Report on the Civil Veterinary Department, Eastern Bengal and Assam - 1907-1911
Year: 1907
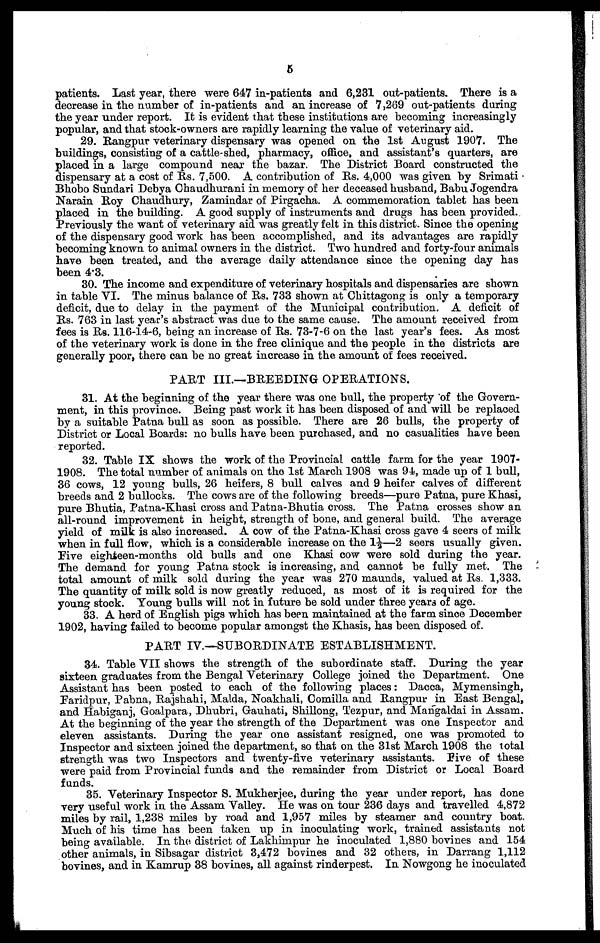
5
patients. Last year, there were 647 in-patients and 6,231 out-patients. There is a
decrease in the number of in-patients and an increase of 7,269 out-patients during
the year under report. It is evident that these institutions are becoming increasingly
popular, and that stock-owners are rapidly learning the value of veterinary aid.
29. Rangpur veterinary dispensary was opened on the 1st August 1907. The
buildings, consisting of a cattle-shed, pharmacy, office, and assistant's quarters, are
placed in a large compound near the bazar. The District Board constructed the
dispensary at a cost of Rs. 7,500. A contribution of Rs. 4,000 was given by Srimati
Bhobo Sundari Debya Chaudhurani in memory of her deceased husband, Babu Jogendra
Narain Boy Chaudhury, Zamindar of Pirgacha. A commemoration tablet has been
placed in the building. A good supply of instruments and drugs has been provided..
Previously the want of veterinary aid was greatly felt in this district. Since the opening
of the dispensary good work has been accomplished, and its advantages are rapidly
becoming known to animal owners in the district. Two hundred and forty-four animals
have been treated, and the average daily attendance since the opening day has
been 4.3.
30. The income and expenditure of veterinary hospitals and dispensaries are shown
in table VI. The minus balance of Rs. 733 shown at Chittagong is only a temporary
deficit, due to delay in the payment of the Municipal contribution. A deficit of
Rs. 763 in last year's abstract was due to the same cause. The amount received from
fees is Rs. 116-14-6, being an increase of Rs. 73-7-6 on the last year's fees. As most
of the veterinary work is done in the free clinique and the people in the districts are
generally poor, there can be no great increase in the amount of fees received.
PART III.—BREEDING OPERATIONS.
31. At the beginning of the year there was one bull, the property of the Govern-
ment, in this province. Being past work it has been disposed of and will be replaced
by a suitable Patna bull as soon as possible. There are 26 bulls, the property of
District or Local Boards: no bulls have been purchased, and no casualities have been
reported.
32. Table IX shows the work of the Provincial cattle farm for the year 1907-
1908. The total number of animals on the 1st March 1908 was 94, made up of 1 bull,
36 cows, 12 young bulls, 26 heifers, 8 bull calves and 9 heifer calves of different
breeds and 2 bullocks. The cows are of the following breeds—pure Patna, pure Khasi,
pure Bhutia, Patna-Khasi cross and Patna-Bhutia cross. The Patna crosses show an
all-round improvement in height, strength of bone, and general build. The average
yield of milk is also increased. A cow of the Patna-Khasi cross gave 4 seers of milk
when in full flow, which is a considerable increase on the 1½—2 seers usually given.
Five eighteen-months old bulls and one Khasi cow were sold during the year.
The demand for young Patna stock is increasing, and cannot be fully met. The
total amount of milk sold during the year was 270 maunds, valued at Rs. 1,333.
The quantity of milk sold is now greatly reduced, as most of it is required for the
young stock. Young bulls will not in future be sold under three years of age.
33. A herd of English pigs which has been maintained at the farm since December
1902, having failed to become popular amongst the Khasis, has been disposed of.
PART IV.—SUBORDINATE ESTABLISHMENT.
34. Table VII shows the strength of the subordinate staff. During the year
sixteen graduates from the Bengal Veterinary College joined the Department. One
Assistant has been posted to each of the following places: Dacca, Mymensingh,
Faridpur, Pabna, Rajshahi, Malda, Noakhali, Comilla and Rangpur in East Bengal,
and Habiganj, Goalpara, Dhubri, Gauhati, Shillong, Tezpur, and Mangaldai in Assam.
At the beginning of the year the strength of the Department was one Inspector and
eleven assistants. During the year one assistant resigned, one was promoted to
Inspector and sixteen joined the department, so that on the 31st March 1908 the total
strength was two Inspectors and twenty-five veterinary assistants. Five of these
were paid from Provincial funds and the remainder from District or Local Board
funds.
35. Veterinary Inspector S. Mukherjee, during the year under report, has done
very useful work in the Assam Valley. He was on tour 236 days and travelled 4,872
miles by rail, 1,238 miles by road and 1,957 miles by steamer and country boat.
Much of his time has been taken up in inoculating work, trained assistants not
being available. In the district of Lakhimpur he inoculated 1,880 bovines and 154
other animals, in Sibsagar district 3,472 bovines and 32 others, in Darrang 1,112
bovines, and in Kamrup 38 bovines, all against rinderpest. In Nowgong he inoculated